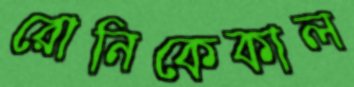
রোনিকেকাল